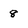
Character: 8